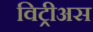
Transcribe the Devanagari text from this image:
विट्रीअस